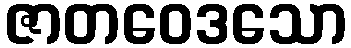
ဇာတဝေဒသော